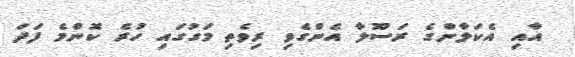
އާއި އެކަލާންގެ ރަސޫލާ އެންގެވި ރިވެތި މަގުގައި ހުރެ ކޮންމެ ފަދަ